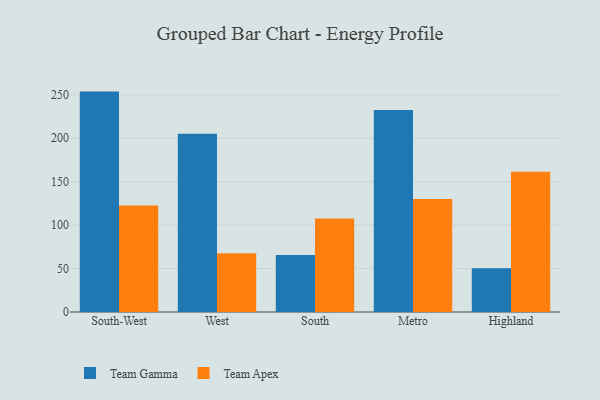
{"axis": {"x": "Region", "y": "Population (Million)"}, "legend": ["Team Apex", "Team Gamma"], "data": [{"x": "South-West", "y": 253.6, "type": "Team Gamma"}, {"x": "South-West", "y": 122.4, "type": "Team Apex"}, {"x": "West", "y": 205.1, "type": "Team Gamma"}, {"x": "West", "y": 67.5, "type": "Team Apex"}, {"x": "South", "y": 65.7, "type": "Team Gamma"}, {"x": "South", "y": 107.5, "type": "Team Apex"}, {"x": "Metro", "y": 232.3, "type": "Team Gamma"}, {"x": "Metro", "y": 130.0, "type": "Team Apex"}, {"x": "Highland", "y": 50.3, "type": "Team Gamma"}, {"x": "Highland", "y": 161.3, "type": "Team Apex"}]}